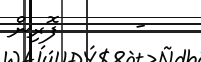
-      ފޮރިން